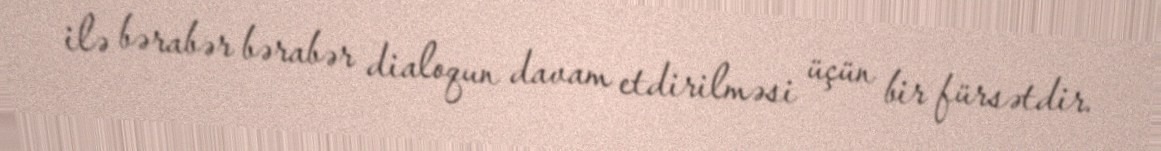
ilə bərabər bərabər dialoqun davam etdirilməsi üçün bir fürsətdir.